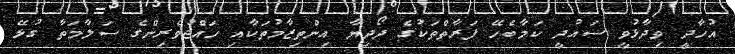
އުހާދީ ވިދާޅުވީ ސައުދީ ކަމާބެހޭ ފަރާތްތަކުގެ ދޯދިޔާ އިންތިޒާމުތަކާއި ހައްޖުވެރިންގެ ސަލާމަތާ ގުޅޭ